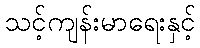
သင့်ကျန်းမာရေးနှင့်